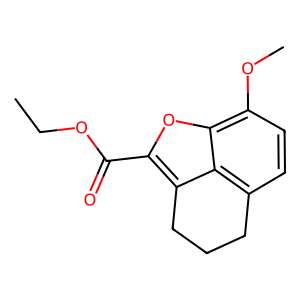
SMILES: CCOC(=O)c1oc2c(OC)ccc3c2c1CCC3
Inhibits HIV replication: No